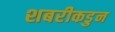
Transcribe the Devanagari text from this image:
शबरीकडुन